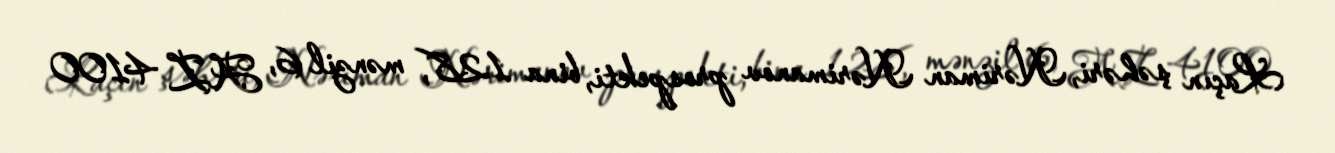
Laçın şəhəri, Nəriman Nərimanov prospekti, bina 128, mənzil 6, AZ 4100